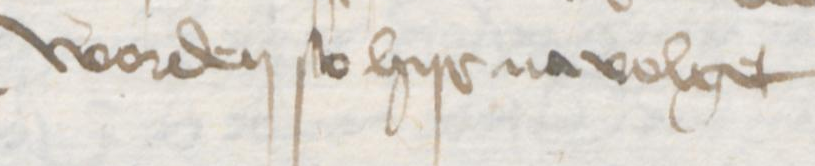
worden so hyr na volget